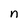
Character: n